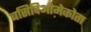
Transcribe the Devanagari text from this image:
बसिदिओमेकोता